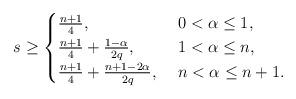
LaTeX: \begin{align*} s \ge\begin{cases} \frac{n+1}{4},\, &\, 0 < \alpha \le 1,\\\frac{n+1}4 +\frac{1-\alpha}{2q},\, &\,1 < \alpha \le n, \\\frac{n+1}4+ \frac{n+1-2\alpha}{2q},\, &\, n < \alpha \le n+1.\end{cases}\end{align*}